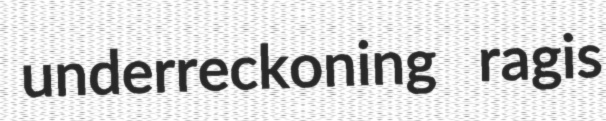
underreckoning ragis